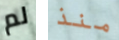
لم منذ